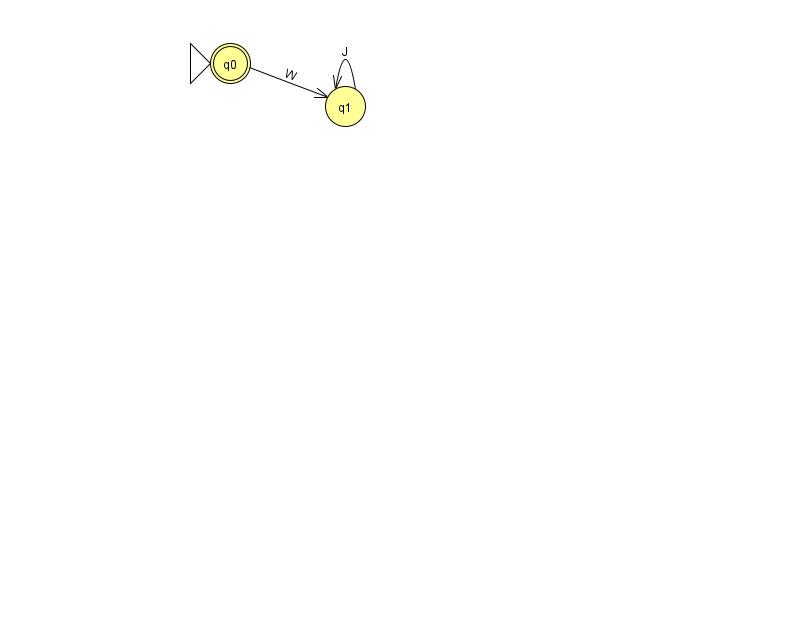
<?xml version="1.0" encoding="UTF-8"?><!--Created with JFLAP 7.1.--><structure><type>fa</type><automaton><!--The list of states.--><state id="0" name="q0"><x>230.0</x><y>50.0</y><initial/><final/></state><state id="1" name="q1"><x>345.0</x><y>93.0</y></state><!--The list of transitions.--><transition><from>0</from><to>1</to><read>W</read></transition><transition><from>1</from><to>1</to><read>J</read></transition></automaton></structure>